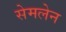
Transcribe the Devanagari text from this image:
सेमलेन